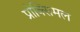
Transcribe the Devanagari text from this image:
प्रोक्सिमल